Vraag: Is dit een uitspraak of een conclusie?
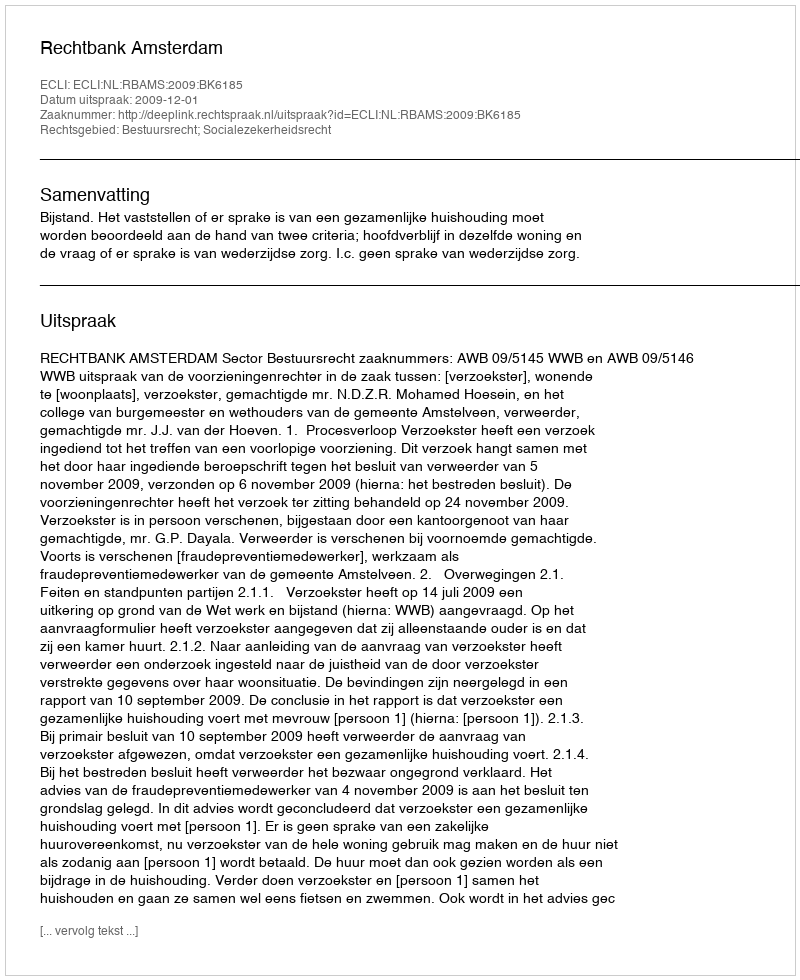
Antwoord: Uitspraak